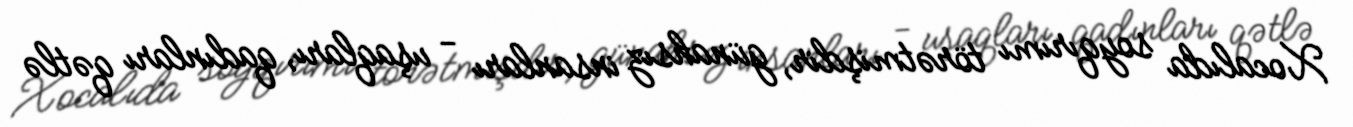
Xocalıda soyqırımı törətmişdir, günahsız insanları - uşaqları, qadınları qətlə